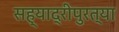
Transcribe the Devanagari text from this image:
सह्याद्रीपुरत्या